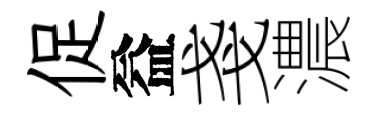
促益戔濃